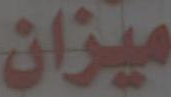
میزان